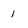
Character: 1